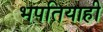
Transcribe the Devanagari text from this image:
भपतियाही